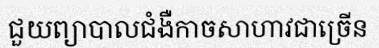
ជួយព្យាបាលជំងឺកាចសាហាវជាច្រើន